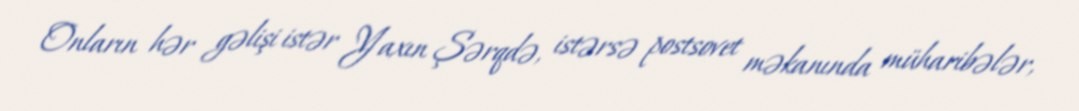
Onların hər gəlişi istər Yaxın Şərqdə, istərsə postsovet məkanında müharibələr,